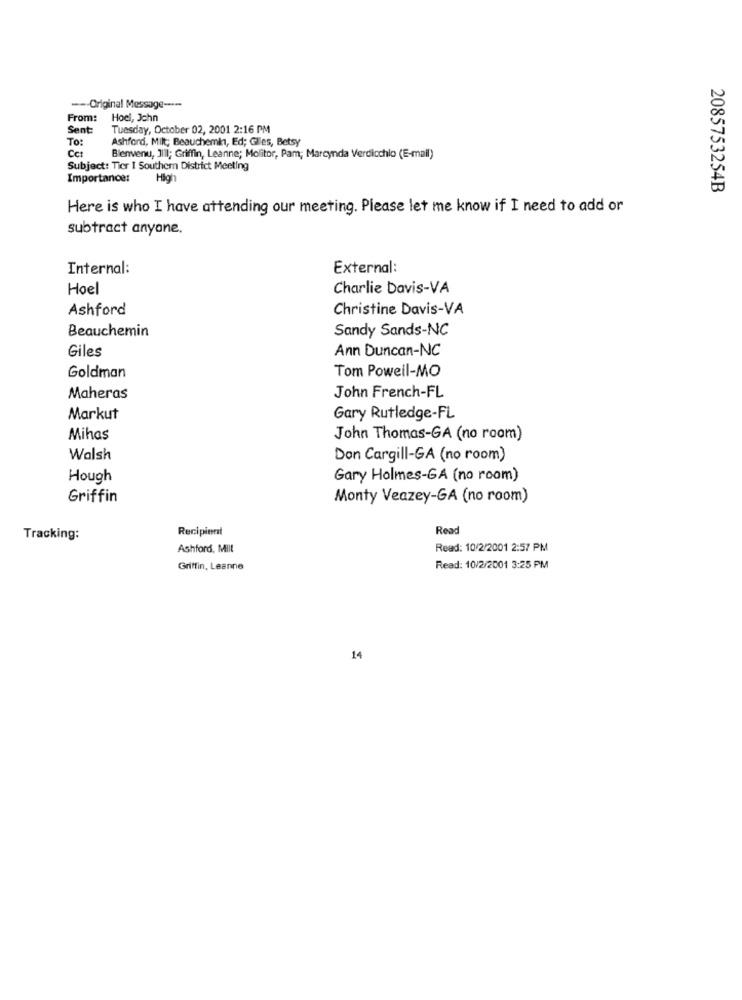
--- Original Message ----
From: Hoel, John
Sent:
Tuesday, October 02, 2001 2:16 PM
TO:
Ashford, Milt; Beauchemin, Ed; Glies, Betsy
Cct
Bienvenu, JI1; Griffin, Leanne; Molitor, Pam; Marcynda Verdicchio (E-mail)
Subject: Tier I Southern District Meeting
Importance:
High
2085753254B
Here is who I have attending our meeting. Please let me know if I need to add or
subtract anyone.
Internal:
External:
Hoel
Charlie Davis-VA
Ashford
Christine Davis-VA
Beauchemin
Sandy Sands-NC
Giles
Ann Duncan-NC
Goldman
Tom Poweil-MO
John French-FL
Maheras
Markut
Gary Rutledge-FL
Mihas
John Thomas-GA (no room)
Walsh
Don Cargill-GA (no room)
Hough
Gary Holmes-GA (no room)
Griffin
Monty Veazey-GA (no room)
Recipient
Read
Tracking:
Ashford, Mill
Read: 10/2/2001 2:57 PM
Griffin, Leanne
Read: 10/2/2001 3:25 PM
14